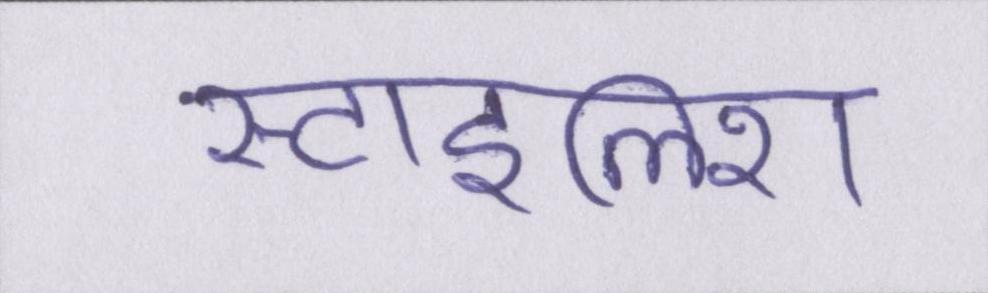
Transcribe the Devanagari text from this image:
स्टाइलिश